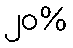
၂၀%